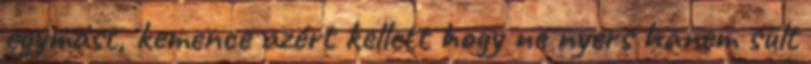
egymást, kemence azért kellett hogy ne nyers hanem sült